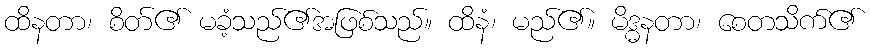
ထိနတာ၊ စိတ်၏ မခံ့သည်၏အဖြစ်သည်။ ထိနံ၊ မည်၏။ မိဒ္ဓနတာ၊ စေတသိက်၏